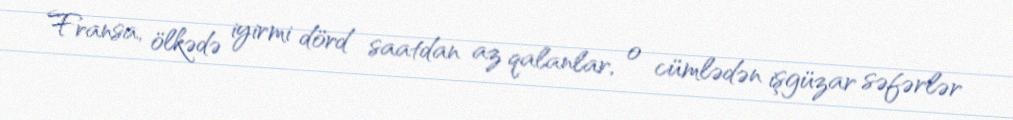
Fransa, ölkədə iyirmi dörd saatdan az qalanlar, o cümlədən işgüzar səfərlər